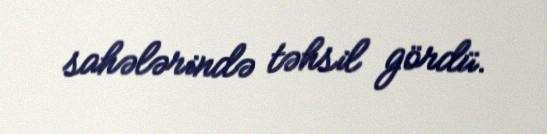
sahələrində təhsil gördü.